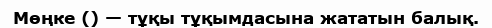
Мөңке () — тұқы тұқымдасына жататын балық.